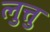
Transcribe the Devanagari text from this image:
लुत्तु